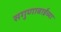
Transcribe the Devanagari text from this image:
सगुणाबाईंच्या